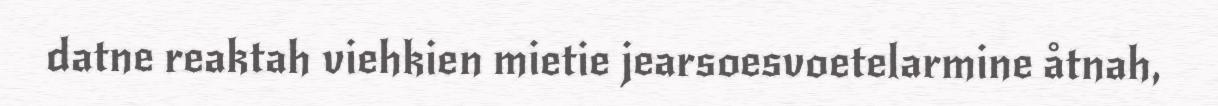
datne reaktah viehkien mietie jearsoesvoetelarmine åtnah,